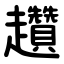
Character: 趲